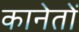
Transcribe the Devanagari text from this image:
कानेतों